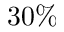
3 0 \%